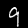
Digit: 9